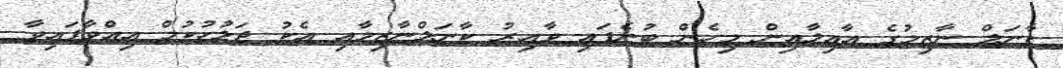
ކާނަލް ނާޒިމުގެ އާއިލާއިން މިހެން ބުނެފައި ވާއިރު ކާނަލްނާޒިމާއި އެކު ޖަލުހުކުމް އިއްވާފައިވާ